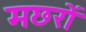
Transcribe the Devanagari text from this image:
मछरों